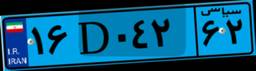
۱۶D۰۴۲۶۲